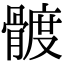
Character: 𩩮